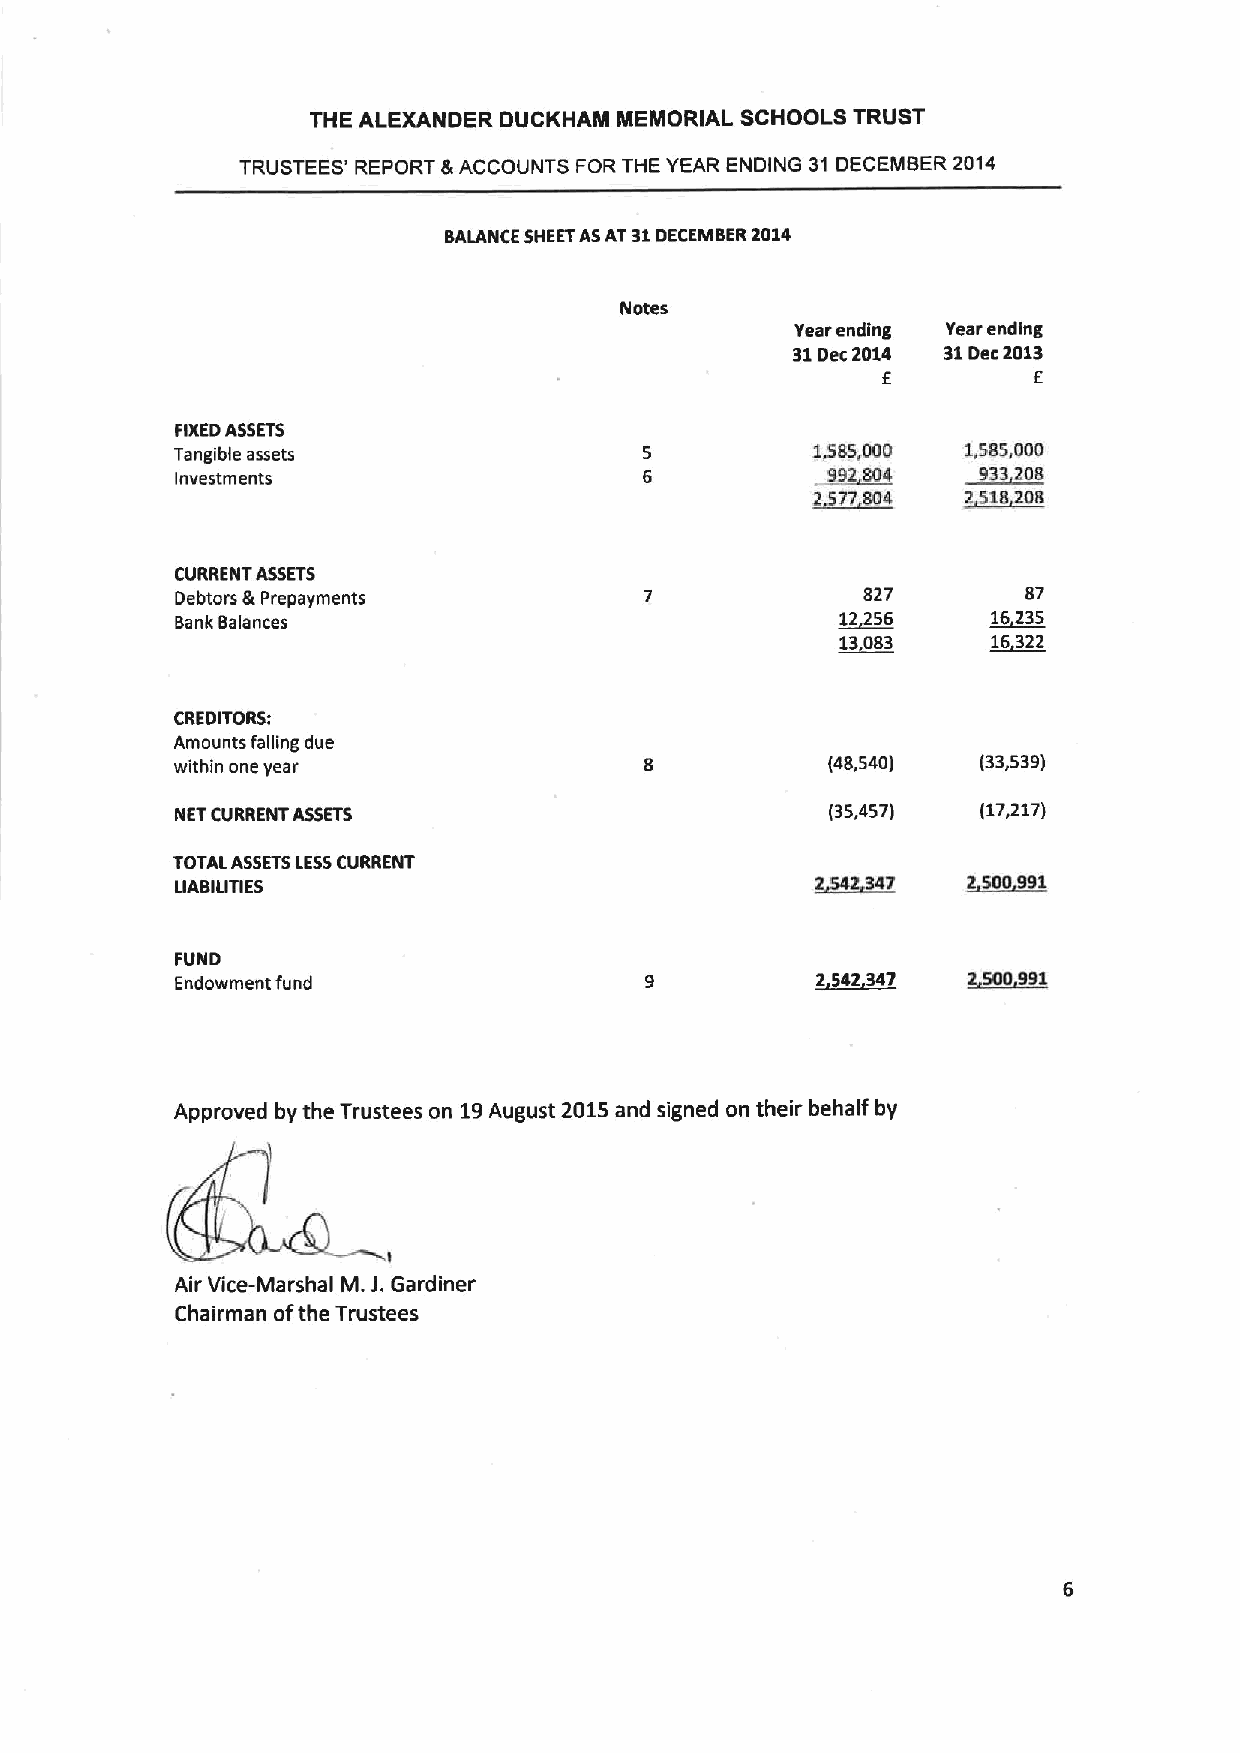
THE ALEXANDER DUCKHAM MEMORIAL SCHOOLS TRUST
 TRUSTEES' REPORT &ACCOUNTS FOR THE YEAR ENDING 31 DECEMBER 2014
 BALANCE
 SHEETASAT31DECEMBER2014
 Notes
 Year ending Year ending
 31Dec2014 31Dec2013
 f         f
 FIXEDASSETS
 Tangible assets                           1,585,000 1,585,000
 Investments                               ~992804   ~933208
 2~577804  ~2518208
 CURRENT ASSETS
 Debtors &Prepayments                         827        87
 Bank Balances                              ~12256    ~16235
 ~13083    ~16322
 CREDITORS:
 Amounts falling due
 within one year                            (48,540)  (33,539)
 NETCURRENT ASSETS                          (35,457)  (17,217)
 TOTAL ASSETSLESSCURRENT
 LIABILITIES                               2S42347   ~2500
 FUND
 Endowment fund                            ~2542 347 ~2500991
 Approved by the Trustees on 19August 2015and signed on their behalf by
 Air Vice-Marshal M.J.Gardiner
 Chairman ofthe Trustees